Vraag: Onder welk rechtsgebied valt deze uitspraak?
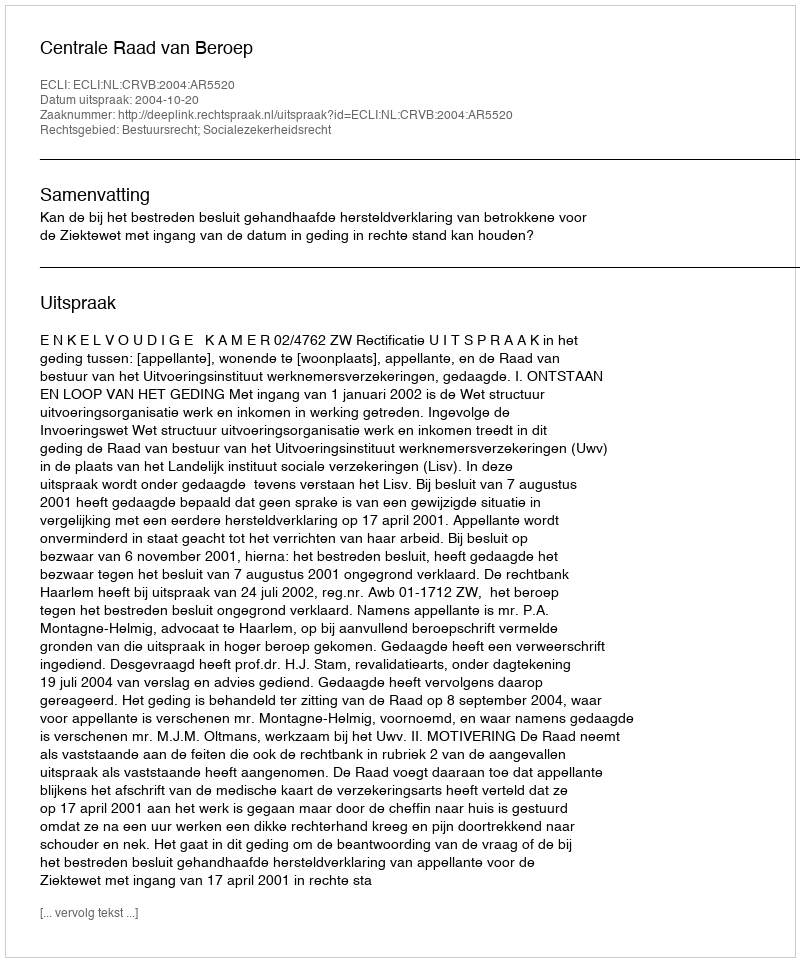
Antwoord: Bestuursrecht; Socialezekerheidsrecht